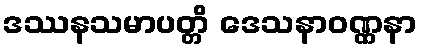
ဒဿနသမာပတ္တိ ဒေသနာဝဏ္ဏနာ